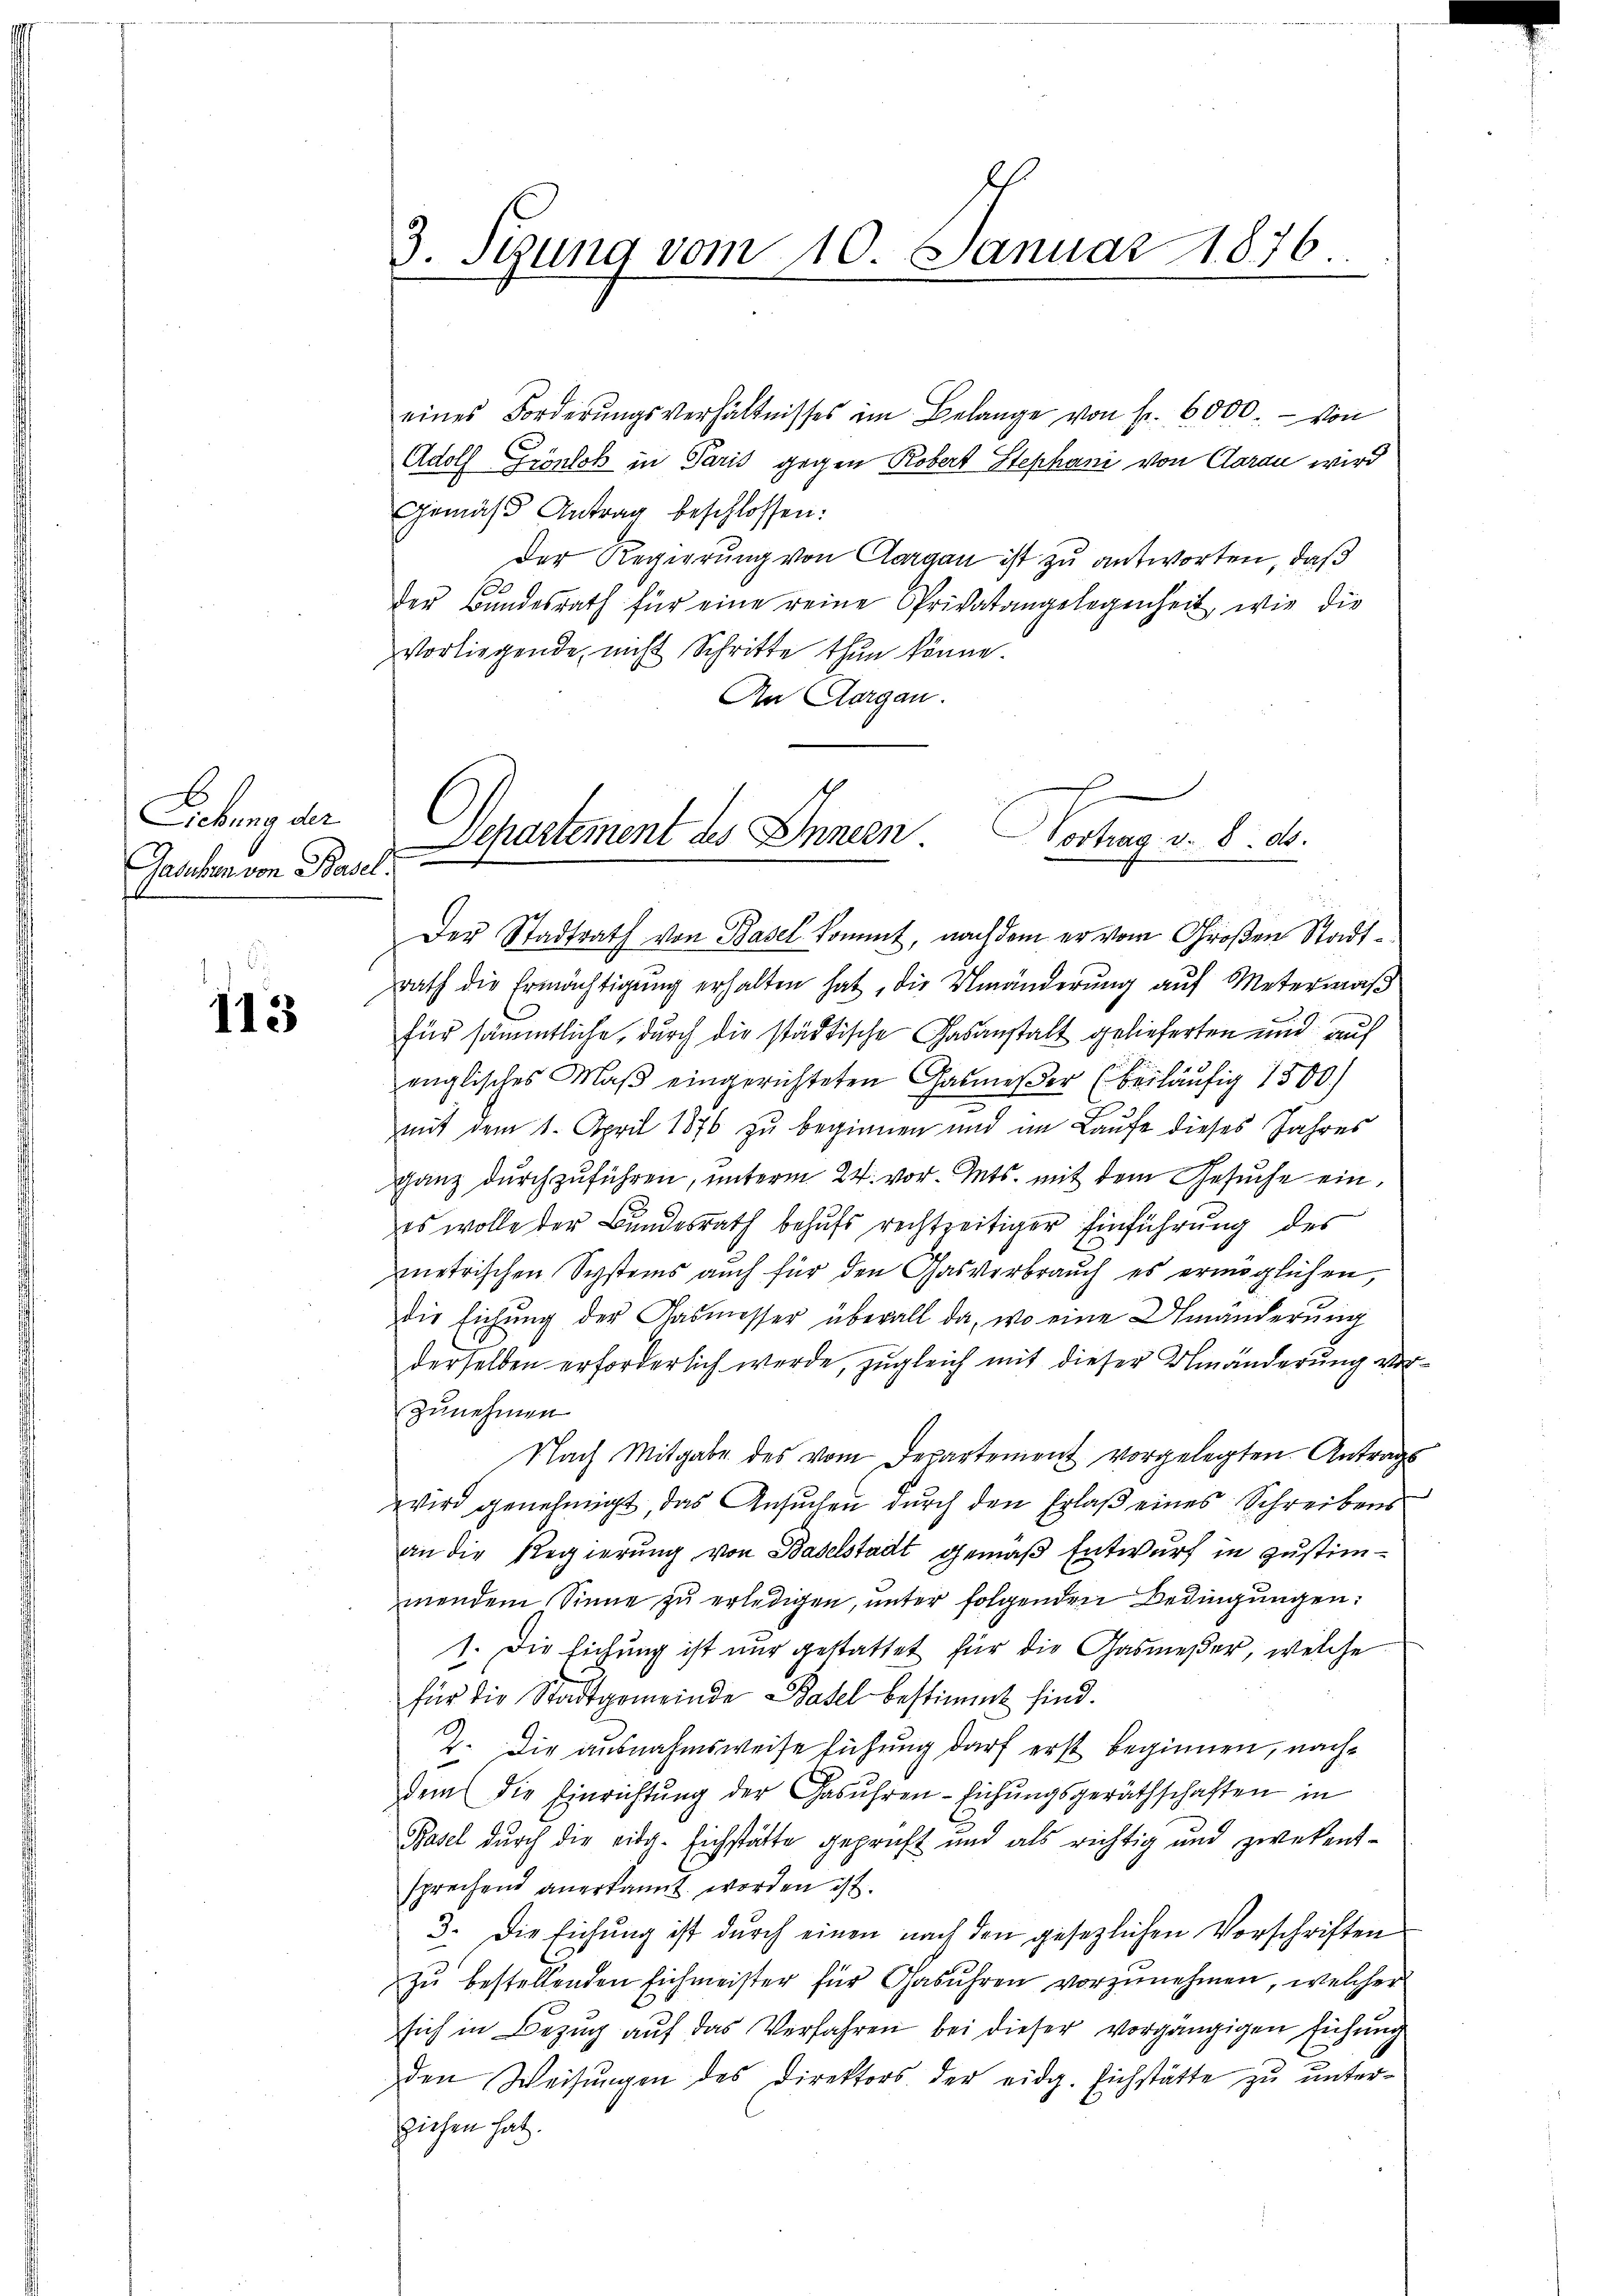
Liebung der
Gasuchen von Basel.

113

3. Setzung vom 10. Januar 1876

eines Forderŭngsverhältnisses im Belange von fr. 6000.- von
Adolf Grönlok in Paris gegen Robert Stephani von Aarau wird
Gemäß Antrag beschlossen:
Der Regierung von Aargau ist zu antworten, daß
der Bundesrath für eine reine Privatangelegenheit, wie die
Vorliegende nicht Schritte thun könne.
An Aargau.
Der Stadtrath von Basel kommt, nachdem er vom Großen Stadtrath die Ermächtigung erhalten hat, die Umänderung auf Metermaß
für sämmtliche, durch die städtische Gasanstalt gelieferten und auf
englisches Maβ eingerichteten Gasmeβer (beiläufig 1500.)
mit dem 1. April 1876 zu beginnen und im Laufe dieses Jahres
ganz durchzuführen, unterm 24. vor. Mts. mit dem Gesuche eines wolle der Bundesrath behufs rechtzeitiger Einführung des
metrischen Systems auch für den Gasverbrauch es ermöglichen,
die Eichung der Gasmesser überall da, wo eine Umänderung
derselben erforderlich werde, zugleich mit dieser Umänderung vorzunehmen
Nach Mitgabe des vom Departement vorgelegten Antrags
wird genehmigt, das Ansuchen durch den Erlaß eines Schreibens
an die Regierung von Baselstadt gemäß Entwurf in Zustimmendem Sinne zu erledigen, unter folgenden Bedingungen:
1. Die Eichung ist nur gestattet für die Gasmesser, welche
für die Stadtgemeinde Basel bestimmt sind.
Z. Die ausnahmsweise sühung darf erst beginnen, nachdem die Einrichtŭng der Gasŭhren-Eichŭngsgeräthschaften in
Basel durch die eidg. Eichstätte geprüft und als richtig und zwekentsprechend anerkannt worden ist.
3. Die Eichung ist durch einen nach den gesezlichen Vorschriften
zu bestellenden Eichmeister für Gasühren vorzunehmen, welcher
sich in Bezug auf das Verfahren bei dieser vorgängigen führung
den Weisŭngen des Direktors der eidg. Eichstätte zu unterziehen hat.

Departement des Innern.
Hochrag v. 8. d.